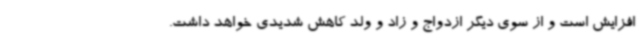
افزایش است و از سوی دیگر ازدواج و زاد و ولد کاهش شدیدی خواهد داشت.